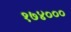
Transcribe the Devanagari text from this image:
१७४०००